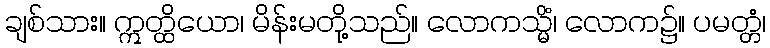
ချစ်သား။ ဣတ္ထိယော၊ မိန်းမတို့သည်။ လောကသ္မိံ၊ လောက၌။ ပမတ္တံ၊